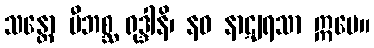
သန္တော ဗီဘစ္ဆ ရုဒ္ဒါနိ၊ နဝ နာဋျရသာ ဣမေ။